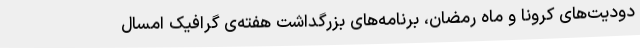
دودیت‌های کرونا و ماه رمضان، برنامه‌های بزرگداشت هفته‌ی گرافیک امسال